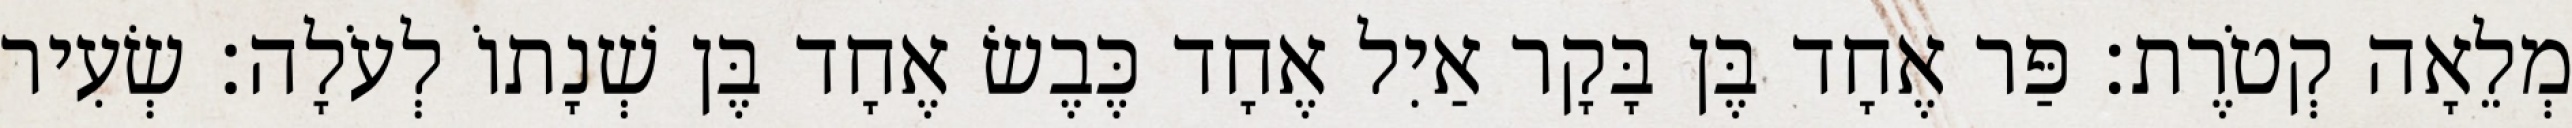
מְלֵאָה קְטֹרֶת׃ פַּר אֶחָד בֶּן בָּקָר אַיִל אֶחָד כֶּבֶשׂ אֶחָד בֶּן שְׁנָתוֹ לְעֹלָה׃ שְׂעִיר